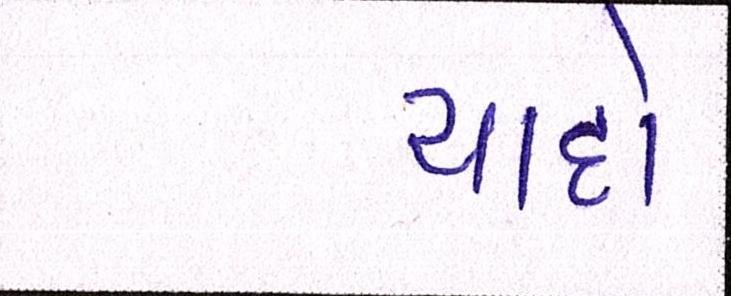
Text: યાદો